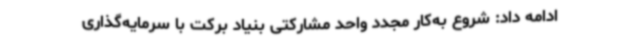
ادامه داد: شروع به‌کار مجدد واحد مشارکتی بنیاد برکت با سرمایه‌گذاری